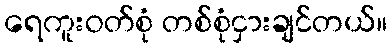
ရေကူးဝတ်စုံ တစ်စုံငှားချင်တယ်။